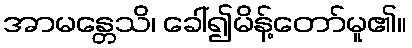
အာမန္တေသိ၊ ခေါ်၍မိန့်တော်မူ၏။